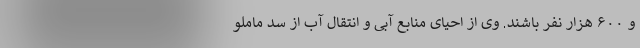
و ۶۰۰ هزار نفر ‌باشند. وی از احیای منابع آبی و انتقال آب از سد ماملو